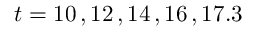
t = 1 0 \, , 1 2 \, , 1 4 \, , 1 6 \, , 1 7 . 3